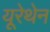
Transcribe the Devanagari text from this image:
यूरेथेन